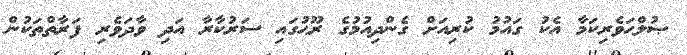
ޞުލްޙަވެރިކަމާ އެކު ގައުމު ކުރިއަށް ގެންދިއުމުގެ ރޫޙުގައި ސަރުކާރާ އަދި ވާދަވެރި ފަރާތްތަކުން